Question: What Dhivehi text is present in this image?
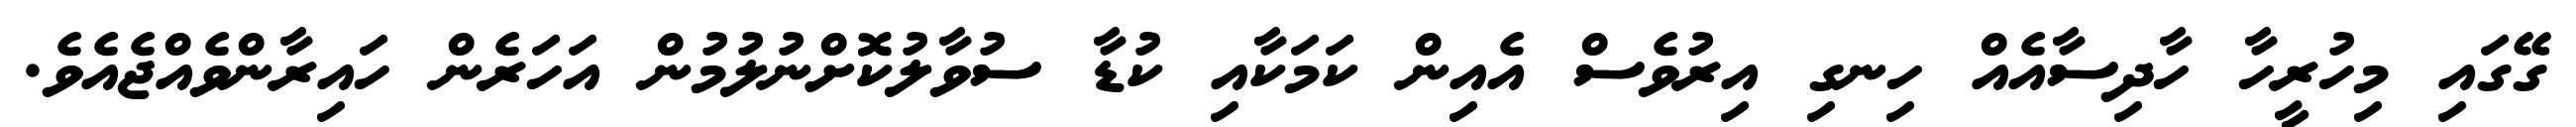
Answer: ގޭގައި މިހުރީހާ ހާދިސާއެއް ހިނގި އިރުވެސް އެއިން ކަމަކާއި ކުޑާ ސުވާލުކޮށްނުލުމުން އަހަރެން ހައިރާންވެއްޖެއެވެ.